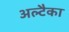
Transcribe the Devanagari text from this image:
अल्टैका